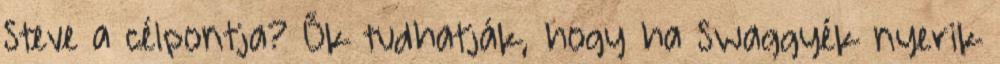
Steve a célpontja? Ők tudhatják, hogy ha Swaggyék nyerik